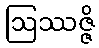
ဩဿဇ္ဇိ